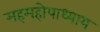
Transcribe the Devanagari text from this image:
महमहोपाध्याय